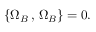
\{ \Omega _ { B } \, , \, \Omega _ { B } \} = 0 .